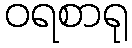
ဝရစာရု